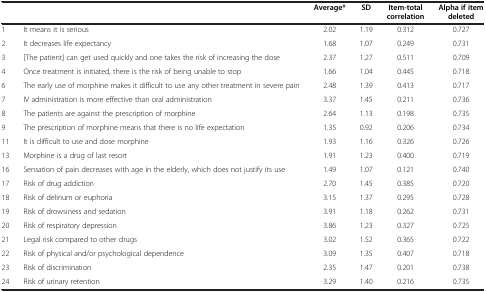
<table><thead><tr><td><b> </b></td><td><b> </b></td><td><b>Average*</b></td><td><b>SD</b></td><td><b>Item-total correlation</b></td><td><b>Alpha if item deleted</b></td></tr></thead><tbody><tr><td>1</td><td>It means it is serious</td><td>2.02</td><td>1.19</td><td>0.312</td><td>0.727</td></tr><tr><td>2</td><td>It decreases life expectancy</td><td>1.68</td><td>1.07</td><td>0.249</td><td>0.731</td></tr><tr><td>3</td><td>[The patient] can get used quickly and one takes the risk of increasing the dose</td><td>2.37</td><td>1.27</td><td>0.511</td><td>0.709</td></tr><tr><td>4</td><td>Once treatment is initiated, there is the risk of being unable to stop</td><td>1.66</td><td>1.04</td><td>0.445</td><td>0.718</td></tr><tr><td>6</td><td>The early use of morphine makes it difficult to use any other treatment in severe pain</td><td>2.48</td><td>1.39</td><td>0.413</td><td>0.717</td></tr><tr><td>7</td><td>IV administration is more effective than oral administration</td><td>3.37</td><td>1.45</td><td>0.211</td><td>0.736</td></tr><tr><td>8</td><td>The patients are against the prescription of morphine</td><td>2.64</td><td>1.13</td><td>0.198</td><td>0.735</td></tr><tr><td>9</td><td>The prescription of morphine means that there is no life expectation</td><td>1.35</td><td>0.92</td><td>0.206</td><td>0.734</td></tr><tr><td>11</td><td>It is difficult to use and dose morphine</td><td>1.93</td><td>1.16</td><td>0.326</td><td>0.726</td></tr><tr><td>13</td><td>Morphine is a drug of last resort</td><td>1.91</td><td>1.23</td><td>0.400</td><td>0.719</td></tr><tr><td>16</td><td>Sensation of pain decreases with age in the elderly, which does not justify its use</td><td>1.49</td><td>1.07</td><td>0.121</td><td>0.740</td></tr><tr><td>17</td><td>Risk of drug addiction</td><td>2.70</td><td>1.45</td><td>0.385</td><td>0.720</td></tr><tr><td>18</td><td>Risk of delirium or euphoria</td><td>3.15</td><td>1.37</td><td>0.295</td><td>0.728</td></tr><tr><td>19</td><td>Risk of drowsiness and sedation</td><td>3.91</td><td>1.18</td><td>0.262</td><td>0.731</td></tr><tr><td>20</td><td>Risk of respiratory depression</td><td>3.86</td><td>1.23</td><td>0.327</td><td>0.725</td></tr><tr><td>21</td><td>Legal risk compared to other drugs</td><td>3.02</td><td>1.52</td><td>0.365</td><td>0.722</td></tr><tr><td>22</td><td>Risk of physical and/or psychological dependence</td><td>3.09</td><td>1.35</td><td>0.407</td><td>0.718</td></tr><tr><td>23</td><td>Risk of discrimination</td><td>2.35</td><td>1.47</td><td>0.201</td><td>0.738</td></tr><tr><td>24</td><td>Risk of urinary retention</td><td>3.29</td><td>1.40</td><td>0.216</td><td>0.735</td></tr></tbody></table>